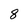
Character: 8